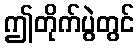
ဤတိုက်ပွဲတွင်